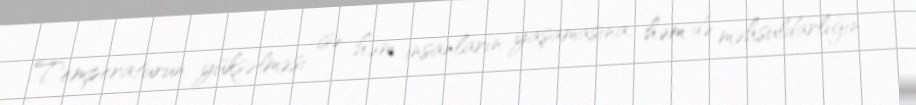
Temperaturun yüksəlməsi isə həm insanların yaşamasına, həm də məhsuldarlığın